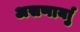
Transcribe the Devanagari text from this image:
असणार्याु